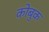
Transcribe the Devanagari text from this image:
कोबुक